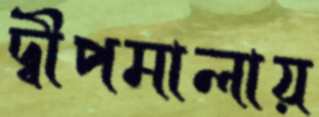
দ্বীপমালায়